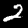
Digit: 2